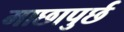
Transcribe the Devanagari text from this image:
माछापुर्छ